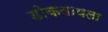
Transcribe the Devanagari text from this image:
डोकवायला